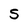
Character: 5